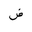
Letter: _dad